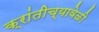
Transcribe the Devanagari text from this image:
क्रांतीच्यावेळी